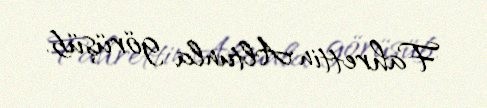
Fahrettin Altunla görüşüb.